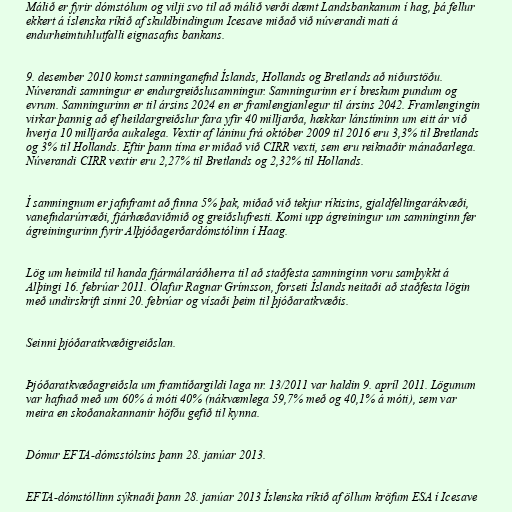
Málið er fyrir dómstólum og vilji svo til að málið verði dæmt Landsbankanum í hag, þá fellur
ekkert á íslenska ríkið af skuldbindingum Icesave miðað við núverandi mati á
endurheimtuhlutfalli eignasafns bankans.

9. desember 2010 komst samninganefnd Íslands, Hollands og Bretlands að niðurstöðu.
Núverandi samningur er endurgreiðslusamningur. Samningurinn er í breskum pundum og
evrum. Samningurinn er til ársins 2024 en er framlengjanlegur til ársins 2042. Framlengingin
virkar þannig að ef heildargreiðslur fara yfir 40 milljarða, hækkar lánstíminn um eitt ár við
hverja 10 milljarða aukalega. Vextir af láninu frá október 2009 til 2016 eru 3,3% til Bretlands
og 3% til Hollands. Eftir þann tíma er miðað við CIRR vexti, sem eru reiknaðir mánaðarlega.
Núverandi CIRR vextir eru 2,27% til Bretlands og 2,32% til Hollands.

Í samningnum er jafnframt að finna 5% þak, miðað við tekjur ríkisins, gjaldfellingarákvæði,
vanefndarúrræði, fjárhæðaviðmið og greiðslufresti. Komi upp ágreiningur um samninginn fer
ágreiningurinn fyrir Alþjóðagerðardómstólinn í Haag.

Lög um heimild til handa fjármálaráðherra til að staðfesta samninginn voru samþykkt á
Alþingi 16. febrúar 2011. Ólafur Ragnar Grímsson, forseti Íslands neitaði að staðfesta lögin
með undirskrift sinni 20. febrúar og vísaði þeim til þjóðaratkvæðis.

Seinni þjóðaratkvæðigreiðslan.

Þjóðaratkvæðagreiðsla um framtíðargildi laga nr. 13/2011 var haldin 9. apríl 2011. Lögunum
var hafnað með um 60% á móti 40% (nákvæmlega 59,7% með og 40,1% á móti), sem var
meira en skoðanakannanir höfðu gefið til kynna.

Dómur EFTA-dómsstólsins þann 28. janúar 2013.

EFTA-dómstóllinn sýknaði þann 28. janúar 2013 Íslenska ríkið af öllum kröfum ESA í Icesave